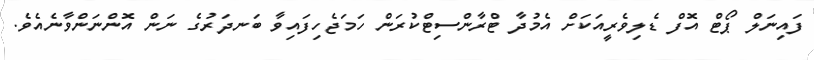
ފައިނަލް ޕޯޓް އޮފް ޑެލިވެރީއަކަށް އެމުދާ ޓްރާންސިޓްކުރަން ހަމަޖެހިފައިވާ ބަނދަރުގެ ނަން އޮންނަންވާނެއެވެ.